Report of the Imperial Institute of Veterinary Research, Muktesar
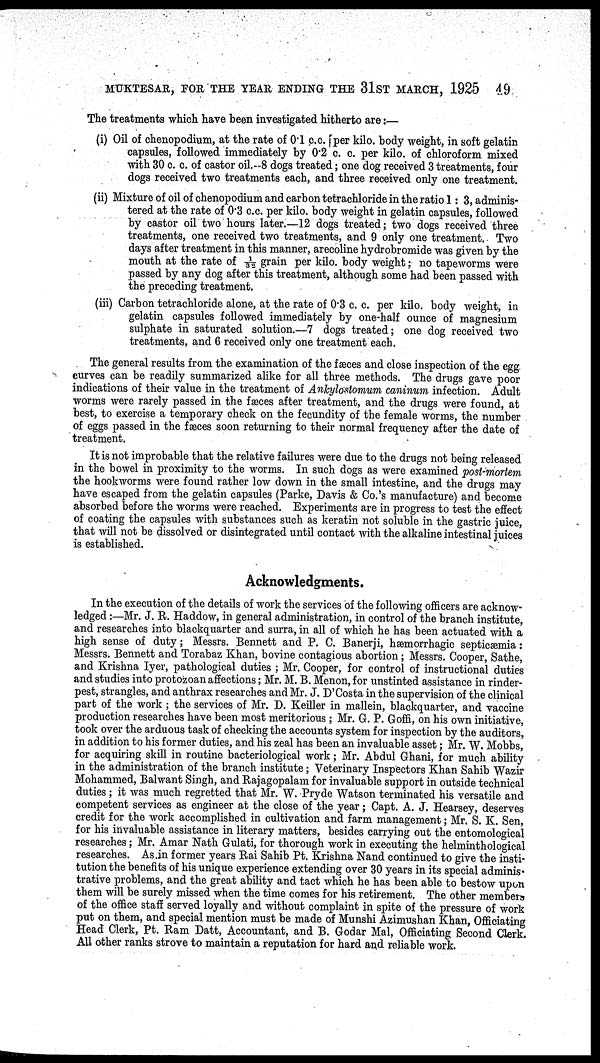
MUKTESAR, FOR THE YEAR ENDING THE 31ST MARCH, 1925 49
The treatments which have been investigated hitherto are:—
(i) Oil of chenopodium, at the rate of 0.1 c.c. [per kilo. body weight, in soft gelatin
capsules, followed immediately by 0.2 c. c. per kilo. of chloroform mixed
with 30 c. c. of castor oil.--8 dogs treated; one dog received 3 treatments, four
dogs received two treatments each, and three received only one treatment.
(ii) Mixture of oil of chenopodium and carbon tetrachloride in the ratio 1: 3, adminis-
tered at the rate of 0.3 c.c. per kilo. body weight in gelatin capsules, followed
by castor oil two hours later.—12 dogs treated; two dogs received three
treatments, one received two treatments, and 9 only one treatment. Two
days after treatment in this manner, arecoline hydrobromide was given by the
mouth at the rate of 1/32 grain per kilo. body weight; no tapeworms were
passed by any dog after this treatment, although some had been passed with
the preceding treatment.
(iii) Carbon tetrachloride alone, at the rate of 0.3 c. c. per kilo. body weight, in
gelatin capsules followed immediately by one-half ounce of magnesium
sulphate in saturated solution.—7 dogs treated; one dog received two
treatments, and 6 received only one treatment each.
The general results from the examination of the fæces and close inspection of the egg
curves can be readily summarized alike for all three methods. The drugs gave poor
indications of their value in the treatment of Ankylostomum caninum infection. Adult
worms were rarely passed in the fæces after treatment, and the drugs were found, at
best, to exercise a temporary check on the fecundity of the female worms, the number
of eggs passed in the fæces soon returning to their normal frequency after the date of
treatment.
It is not improbable that the relative failures were due to the drugs not being released
in the bowel in proximity to the worms. In such dogs as were examined post-mortem
the hookworms were found rather low down in the small intestine, and the drugs may
have escaped from the gelatin capsules (Parke, Davis & Co.'s manufacture) and become
absorbed before the worms were reached. Experiments are in progress to test the effect
of coating the capsules with substances such as keratin not soluble in the gastric juice,
that will not be dissolved or disintegrated until contact with the alkaline intestinal juices
is established.
Acknowledgments.
In the execution of the details of work the services of the following officers are acknow-
ledged :—Mr. J. R. Haddow, in general administration, in control of the branch institute,
and researches into blackquarter and surra, in all of which he has been actuated with a
high sense of duty; Messrs. Bennett and P. C. Banerji, hæmorrhagic septicæmia:
Messrs. Bennett and Torabaz Khan, bovine contagious abortion; Messrs. Cooper, Sathe,
and Krishna Iyer, pathological duties ; Mr. Cooper, for control of instructional duties
and studies into protozoan affections; Mr. M. B. Menon, for unstinted assistance in rinder-
pest, strangles, and anthrax researches and Mr. J. D'Costa in the supervision of the clinical
part of the work ; the services of Mr. D. Keiller in mallein, blackquarter, and vaccine
production researches have been most meritorious ; Mr. G. P. Goffi, on his own initiative,
took over the arduous task of checking the accounts system for inspection by the auditors,
in addition to his former duties, and his zeal has been an invaluable asset; Mr. W. Mobbs,
for acquiring skill in routine bacteriological work; Mr. Abdul Ghani, for much ability
in the administration of the branch institute; Veterinary Inspectors Khan Sahib Wazir
Mohammed, Balwant Singh, and Rajagopalam for invaluable support in outside technical
duties ; it was much regretted that Mr. W. Pryde Watson terminated his versatile and
competent services as engineer at the close of the year; Capt. A. J. Hearsey, deserves
credit for the work accomplished in cultivation and farm management; Mr. S. K. Sen,
for his invaluable assistance in literary matters, besides carrying out the entomological
researches; Mr. Amar Nath Gulati, for thorough work in executing the helminthological
researches. As.in former years Rai Sahib Pt. Krishna Nand continued to give the insti-
tution the benefits of his unique experience extending over 30 years in its special adminis-
trative problems, and the great ability and tact which he has been able to bestow upon
them will be surely missed when the time comes for his retirement. The other members
of the office staff served loyally and without complaint in spite of the pressure of work
put on them, and special mention must be made of Munshi Azimushan Khan, Officiating
Head Clerk, Pt. Ram Datt, Accountant, and B. Godar Mal, Officiating Second Clerk.
All other ranks strove to maintain a reputation for hard and reliable work.